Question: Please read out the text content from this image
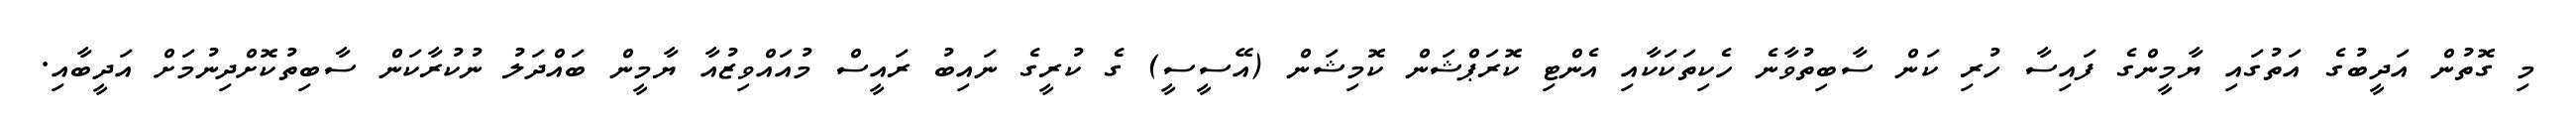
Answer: މި ގޮތުން އަދީބުގެ އަތުގައި ޔާމީންގެ ފައިސާ ހުރި ކަން ސާބިތުވާނެ ހެކިތަކަކާއި އެންޓި ކޮރަޕްޝަން ކޮމިޝަން (އޭސީސީ) ގެ ކުރީގެ ނައިބު ރައީސް މުއައްވިޒުއާ ޔާމީން ބައްދަލު ނުކުރާކަން ސާބިތުކޮށްދިނުމަށް އަދީބާއި.